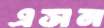
এসন